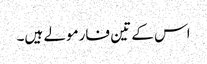
اس کے تین فارمولے ہیں۔